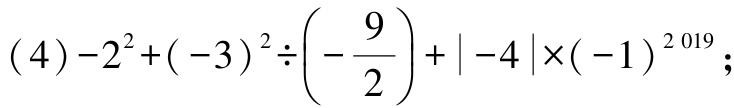
\((4)-2^{2}+(-3)^{2}\div\left(-\dfrac{9}{2}\right)+\vert -4\vert\times(-1)^{2019};\)